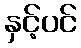
နှင့်ပင်